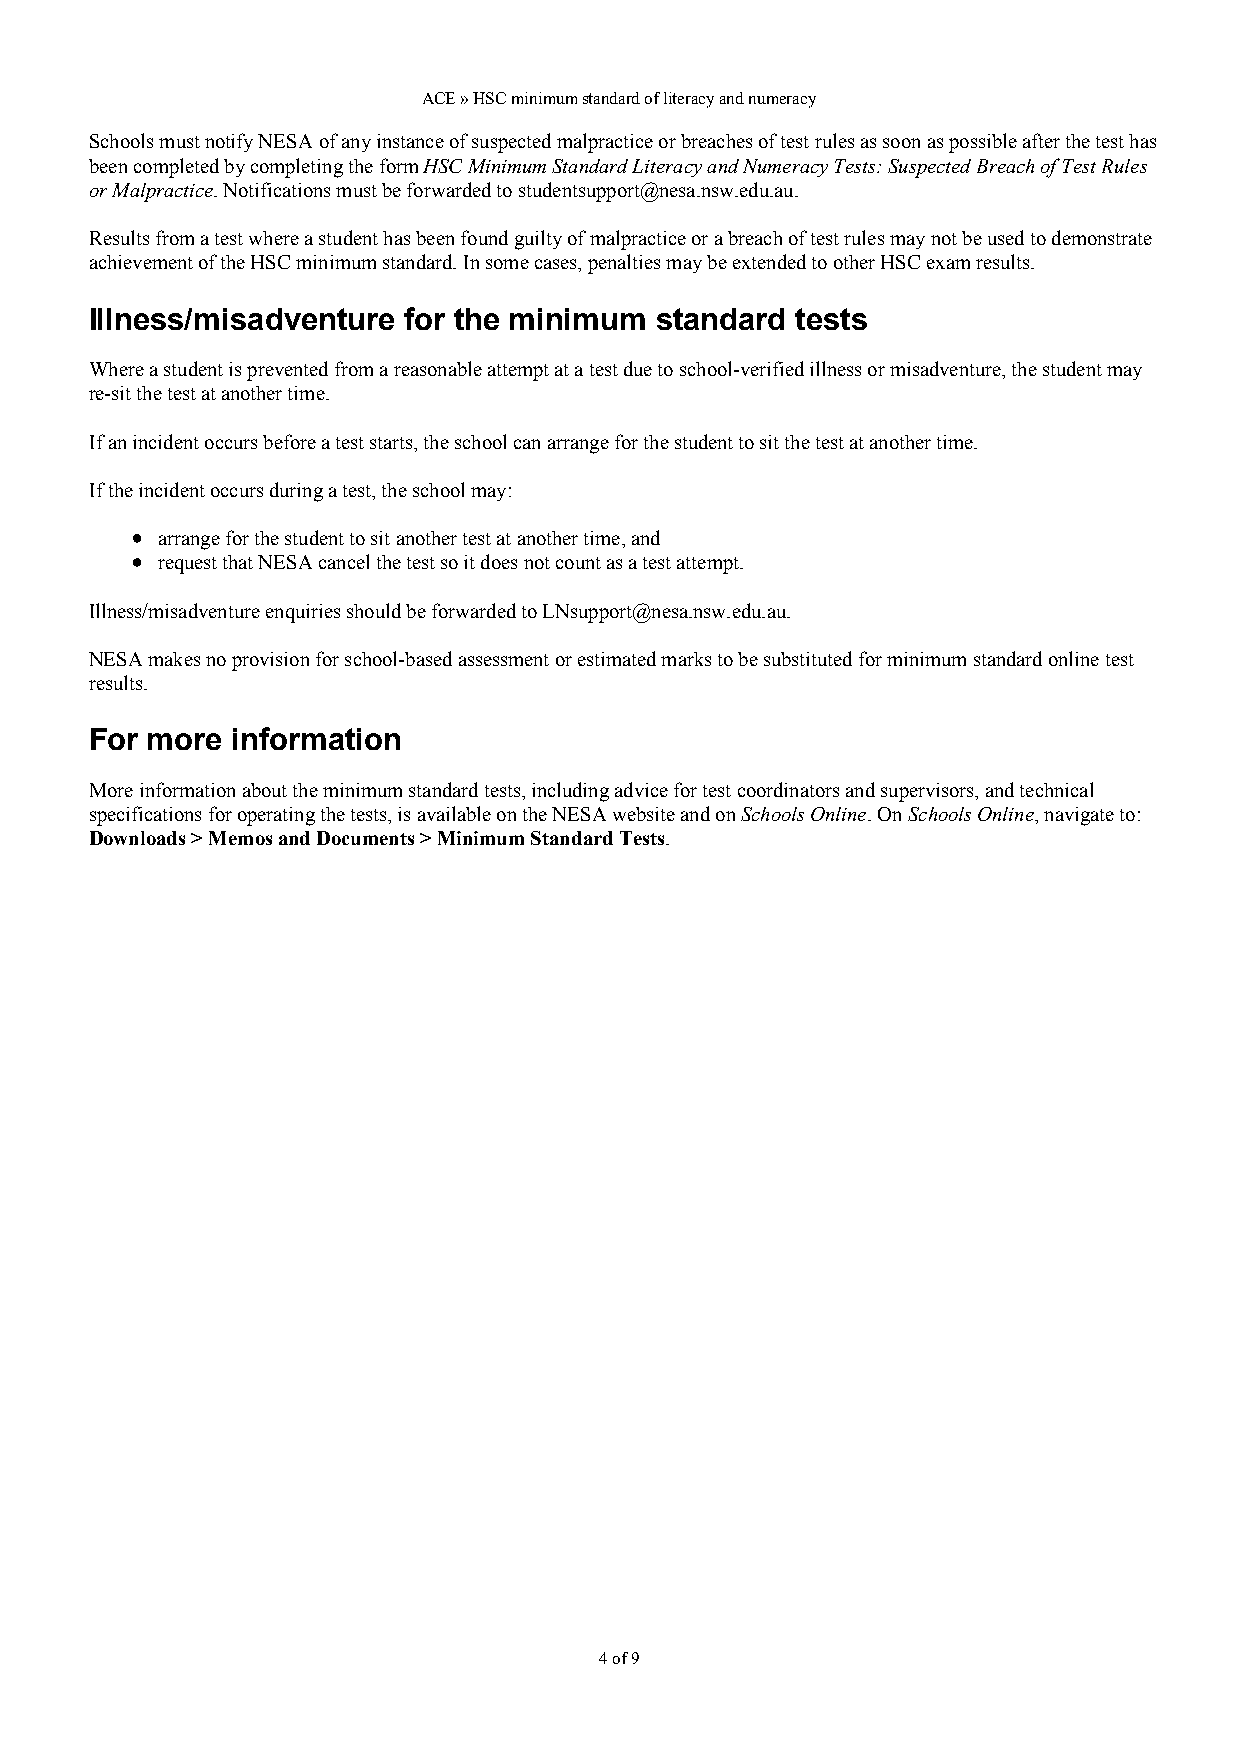
ACE » HSC minimum standard of literacy and numeracy
 Schools must notify NESA of any instance of suspected malpractice or breaches of test rules as soon as possible after the test has
 been completed by completing the form HSC Minimum Standard Literacy and Numeracy Tests: Suspected Breach of Test Rules
 or Malpractice. Notifications must be forwarded to studentsupport@nesa.nsw.edu.au.
 Results from a test where a student has been found guilty of malpractice or a breach of test rules may not be used to demonstrate
 achievement of the HSC minimum standard. In some cases, penalties may be extended to other HSC exam results.
 Illness/misadventure for the minimum standard  tests
 Where a student is prevented from a reasonable attempt at a test due to school-verified illness or misadventure, the student may
 re-sit the test at another time.
 If an incident occurs before a test starts, the school can arrange for the student to sit the test at another time.
 If the incident occurs during a test, the school may:
 arrange for the student to sit another test at another time, and
 request that NESA cancel the test so it does not count as a test attempt.
 Illness/misadventure enquiries should be forwarded to LNsupport@nesa.nsw.edu.au.
 NESA makes no provision for school-based assessment or estimated marks to be substituted for minimum standard online test
 results.
 For more information
 More information about the minimum standard tests, including advice for test coordinators and supervisors, and technical
 specifications for operating the tests, is available on the NESA website and on Schools Online. On Schools Online, navigate to:
 Downloads > Memos and Documents > Minimum Standard Tests.
 4 of 9